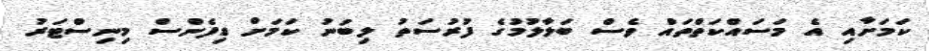
ކަމަށާއި އެ މަސައްކަތްތައް ވެސް ބަލާލުމުގެ ފުރުސަތު ލިބުނު ކަމަށް ޑިފެންސް މިނިސްޓަރު